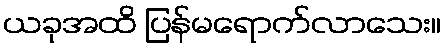
ယခုအထိ ပြန်မရောက်လာသေး။